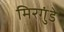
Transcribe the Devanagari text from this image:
मिरगुंडे